Annual administration report of the Civil Veterinary Department of India - 1897-1898
Year: 1897
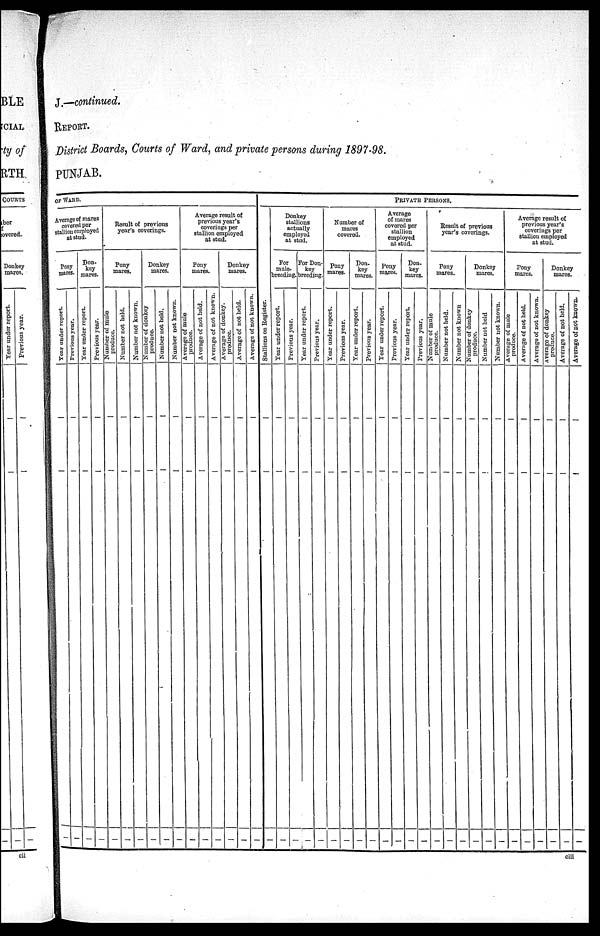
J.—continued.
REPORT
District Boards, Courts of Ward, and private persons during 1897—98.
PUNJAB.
OF WARD
Average of mares
covered per
stallion employed
at stud.
Pony
mares.
Year under report.
—
—
—
Previous year .
Don—
key
mares.
Year under report.
—
—
—
Previous year.
Result of previous
year's coverings.
Pony
mares.
Number
of mule
produce.
—
—
—
Number not held.
—
—
—
Number not known
produce.
—
—
—
Donkey
mares.
Number not held.
—
—
—
Number not known.
—
—
—
Average result of
previous year's
coverings per
stallion employed
at stud.
Pony
mares.
Average of mule
produce.
—
—
—
Ave r
a ge of not hel d.
—
—
—
Ave r
a ge of not known.
Donkey
mares.
Average of donkey.
produce.
—
—
—
Ave r
a ge of not hel d.
—
—
—
Ave r
a ge of not known.
St al l
i
ons on Register.
—
—
—
PRIVATE PERSONS.
Donkey
stallions
actually
employed
at stud.
For
mule—
breeding.
Year under report.
Previous year.
—
—
—
For Don-
key
breeding.
Year under report.
—
—
—
Previous year.
—
—
—
Number of
mares
covered.
Pony
mares.
Year under report.
—
—
—
Previous year.
—
—
—
Don. key
mares.
Year under report.
—
—
—
Previous year.
—
—
—
Average
of mares
covered per
stallion
employed
at stud.
Pony
mares.
Year under report.
—
—
—
Previous year.
—
—
—
Don.
key
marcs.
Year under report.
—
—
—
Previous year.
—
—
—
Result of previous
year's coverings.
Pony
mares.
Number of mule
produce.
—
—
—
Number not held.
—
—
—
Number not known
—
—
—
Donkey
mares.
Number of donkey
produce.
—
—
—
Number not held
—
—
—
Number not known.
—
—
—
Average result of
previous year's
coverings per
stallion employed
at stud.
Pony
mares.
Average of mule
produce.
—
—
—
Average of not held.
—
—
—
Average of not known.
—
—
—
Donkey
mares.
Average of donkey
produce.
—
—
—
Average of not held.
—
—
—
Average of not known.
—
—
—
ciii